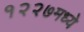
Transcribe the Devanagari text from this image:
१२२७मध्ये